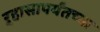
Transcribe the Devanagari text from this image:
ऱ्हासापर्यंतच्या